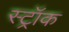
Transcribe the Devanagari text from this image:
स्ट्रॉक